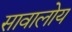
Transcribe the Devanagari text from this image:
सावालोय